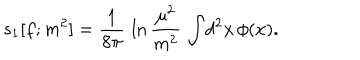
LaTeX: s _ { 1 } [ f ; m ^ { 2 } ] = { \frac { 1 } { 8 \pi } } \, \ln { \frac { \mu ^ { 2 } } { m ^ { 2 } } } \, \int \! d ^ { 2 } x \, \phi ( x ) .